Mental hospitals Bombay report 1921-28 - 1921-1928
Year: 1921
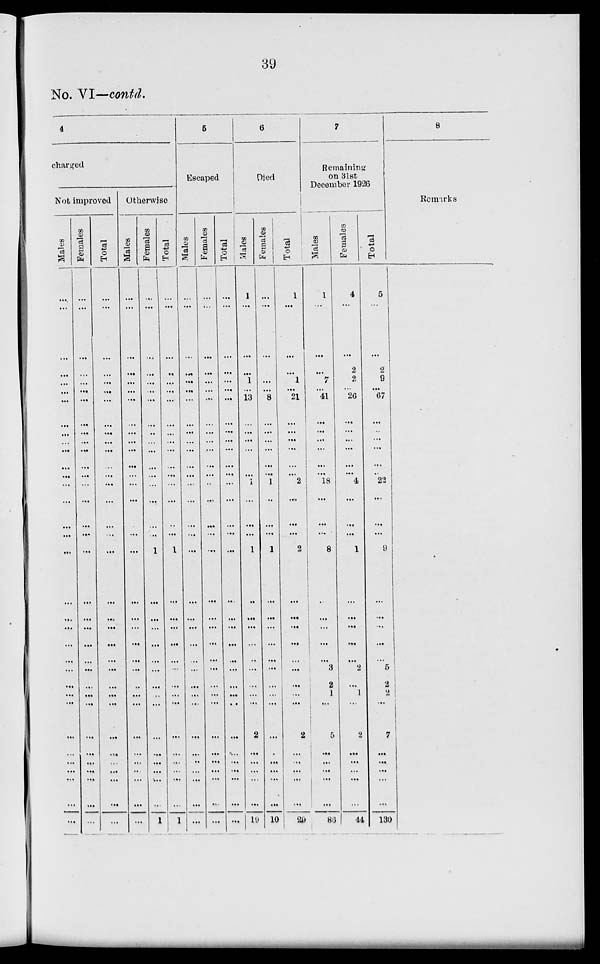
39
No. VI—contd.
4
charged
Not improved
Males
...
...
...
...
...
...
...
...
...
...
...
...
... ...
...
...
...
...
...
...
...
...
...
...
...
...
...
...
...
...
...
...
...
...
Females
...
...
...
...
...
...
...
...
...
...
...
...
...
...
...
...
...
...
...
...
...
...
...
...
...
...
...
...
...
...
...
...
...
...
Total
...
...
...
...
...
...
...
...
...
...
...
...
... ...
...
...
...
...
...
...
...
...
...
...
...
...
...
...
...
...
...
...
...
...
Otherwise
Males
...
...
...
...
...
...
...
...
...
...
...
...
...
...
...
...
...
...
...
...
...
...
...
...
...
...
...
...
...
...
...
...
...
...
Females
...
...
...
...
...
...
...
...
...
...
...
...
... ...
...
...
...
1
...
...
...
...
...
...
...
...
...
...
...
...
...
...
...
1
Total
...
...
...
...
...
...
...
...
...
...
...
...
... ...
...
..
...
1
...
...
...
...
...
...
...
...
...
...
...
...
...
...
...
1
5
Escaped
Males
...
...
...
...
...
...
...
...
...
...
...
...
... ...
...
...
...
...
...
...
...
...
...
...
...
...
...
...
...
...
...
...
...
...
Females
...
...
...
...
...
...
...
...
...
...
...
...
... ...
...
...
...
...
...
...
...
...
...
...
...
...
...
...
...
...
...
...
...
...
Total
...
...
...
...
...
...
...
...
...
...
...
...
... ...
...
...
...
...
...
...
...
...
...
...
...
...
...
...
...
...
...
...
...
...
6
Died
Males
1
...
...
...
1
...
13
...
...
...
...
...
1
...
...
...
1
...
...
...
...
...
...
...
...
...
2
...
...
...
...
...
19
Females
...
...
...
...
...
...
8
...
...
...
...
...
...
1
...
...
...
1
...
...
...
...
...
...
...
...
...
...
...
...
...
...
...
10
Total
1
...
...
...
1
...
21
...
...
...
...
...
... 2
...
...
...
2
...
...
...
...
...
...
...
...
...
2
...
...
...
...
...
29
7
Remaining
on 31st
December 1926
Males
1
...
...
...
7
...
41
...
...
...
...
...
...
18
...
...
...
8
...
...
...
...
...
3
2
1
...
5
...
...
...
...
...
86
Females
4
...
...
2
2
...
26
...
...
...
...
...
... 4
...
...
...
1
...
...
...
...
...
2
...
1
...
2
...
...
...
...
...
44
Total
5
...
...
2
9
...
67
...
...
...
...
...
... 22
...
...
...
9
...
...
...
...
...
5
2
2
...
7
...
...
...
...
...
130
8
Remarks